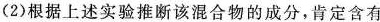
(2)根据上述实验推断该混合物的成分，肯定含有